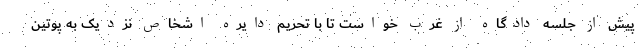
پیش از جلسه دادگاه از غرب خواست تا با تحریم دایره اشخاص نزدیک به پوتین